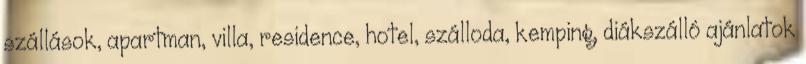
szállások, apartman, villa, residence, hotel, szálloda, kemping, diákszálló ajánlatok